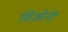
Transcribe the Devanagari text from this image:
शिओनी